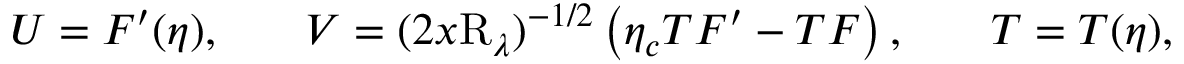
\begin{array} { c c c } { U = F ^ { \prime } ( \eta ) , \quad } & { V = ( 2 x \mathrm { R } _ { \lambda } ) ^ { - 1 / 2 } \left( \eta _ { c } T F ^ { \prime } - T F \right) , \quad } & { T = T ( \eta ) , } \end{array}